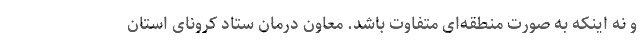
و نه اینکه به صورت منطقه‌ای متفاوت باشد. معاون درمان ستاد کرونای استان